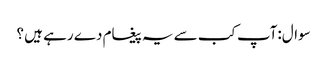
سوال:آپ کب سے یہ پیغام دے رہے ہیں ؟